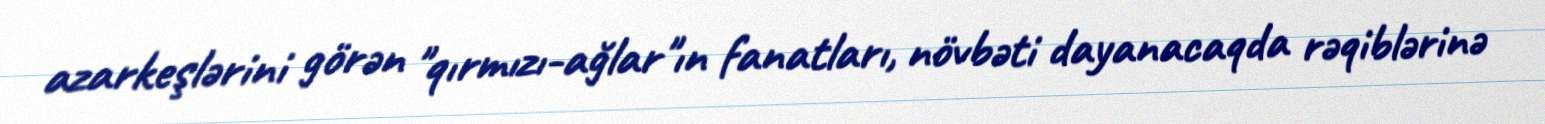
azarkeşlərini görən "qırmızı-ağlar"ın fanatları, növbəti dayanacaqda rəqiblərinə